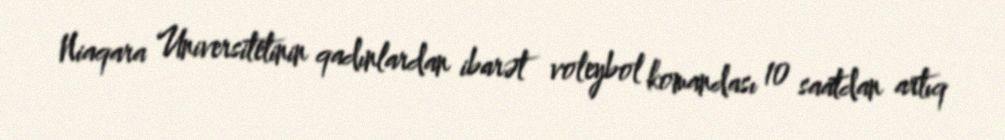
Niaqara Universitetinin qadınlardan ibarət voleybol komandası 10 saatdan artıq